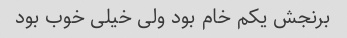
برنجش یکم خام بود ولی خیلی خوب بود